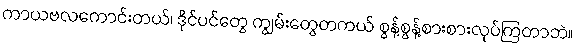
ကာယဗလကောင်းတယ်၊ ဒိုင်ပင်တွေ ကျွမ်းတွေတကယ် စွန့်စွန့်စားစားလုပ်ကြတာဘဲ။